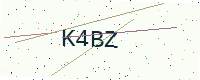
Text: K4BZ